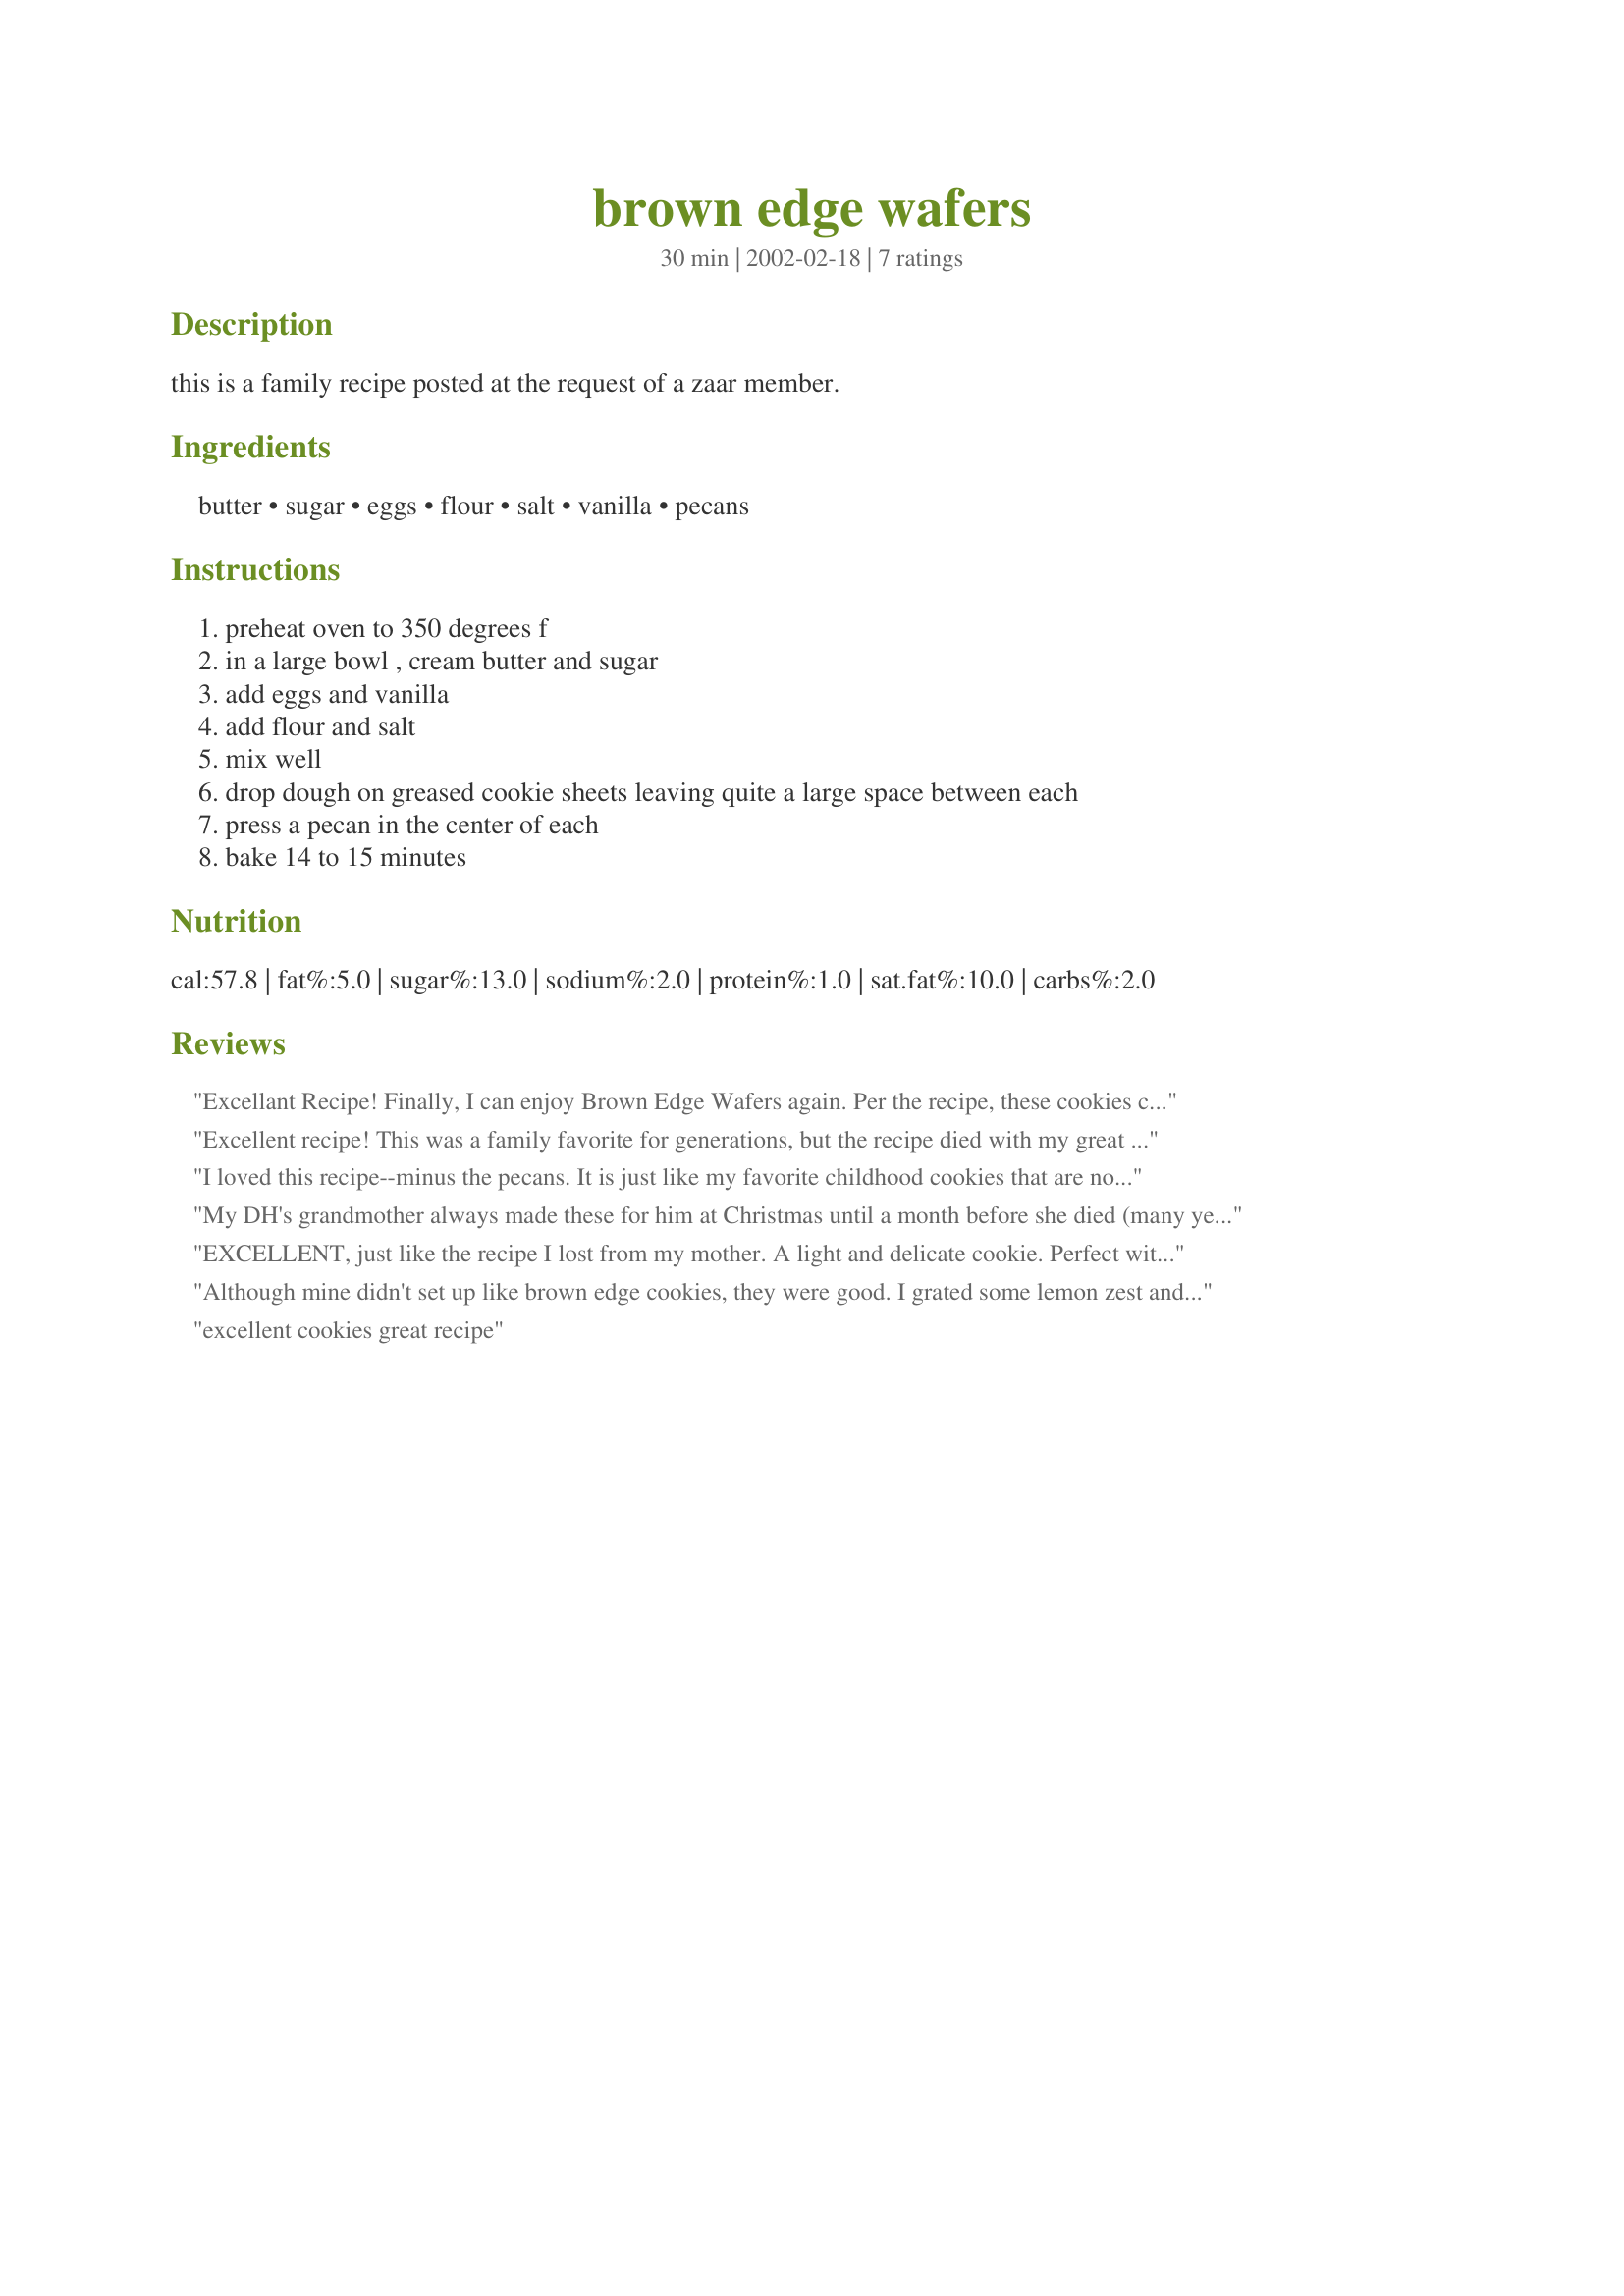
brown edge wafers
Preparation time: 30 minutes

this is a family recipe posted at the request of a zaar member.

Ingredients:
butter, sugar, eggs, flour, salt, vanilla, pecans

Steps:
preheat oven to 350 degrees f, in a large bowl , cream butter and sugar, add eggs and vanilla, add flour and salt, mix well, drop dough on greased cookie sheets leaving quite a large space between each, press a pecan in the center of each, bake 14 to 15 minutes

Reviews:
Excellant Recipe! Finally, I can enjoy Brown Edge Wafers again. Per the recipe, these cookies came out about 1 1/2 inches (4 cm) in diameter and about 1/3 inch (1 cm) thick. I learned to love these cookies via the store-bought version that Nabisco used to sell, which were larger in diameter and a little thiner. To emulate them, I made mine using 1 inch (2.5 cm) balls of dough which I flattened to 1/4 inch (baking time was the same). It made about 45 cookies. I also increased the vanilla to 1 1/2 tsp... just because I LOVE vanilla. I didn't have any pecans, so I left them out.
Excellent recipe! This was a family favorite for generations, but the recipe died with my great aunt. I made them this year to surprise my family and they were a definite hit! I agree that the pecan is totally unnecessary -- this is a pure food and should not be adulterated :0) Also, I made my second batch a bit larger than called for in this recipe. This allows for more contrast with the buttery-yellow centers and the crispy brond edges. A definite must-make for the holidays!
I loved this recipe--minus the pecans. It is just like my favorite childhood cookies that are no longer being sold. Now I can have them any time!!!
My DH's grandmother always made these for him at Christmas until a month before she died (many years ago). I saw this recipe and thought I would (hopefully) surprise him. Did as directed, but without nuts. When I took him the first cooled cookie, he said, "They taste JUST like Nanny's !"
Thanks, Caryn
EXCELLENT, just like the recipe I lost from my mother. A light and delicate cookie. Perfect with tea. I make mine larger than "marble" size. My mother never made them with pecans, so my preference is biased toward no nuts -- you cannot mess with childhood memories! :-)
Although mine didn't set up like brown edge cookies, they were good. I grated some lemon zest and put a little lemon juice in them. They would be really good with a little light lemon icing on them. Thanks for the recipe.
excellent cookies great recipe
